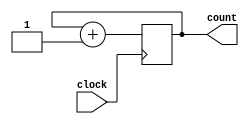

module CTR_13(
  clock,
  count
);

parameter BIT_SZ = 13;
input  clock;
output [BIT_SZ-1:0] count;

reg [BIT_SZ-1:0] count;

initial count = 0;

always @ (negedge clock)
       begin
	    count <= count+1;
		 end
endmodule